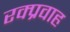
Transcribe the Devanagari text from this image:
रक्प्रवाह